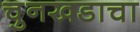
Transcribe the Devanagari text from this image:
चुनखडाचा